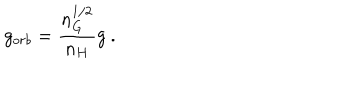
g _ { o r b } = \frac { n _ { G } ^ { 1 / 2 } } { n _ { H } } g \ .